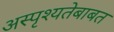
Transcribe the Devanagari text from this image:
अस्पृश्यतेबाबत